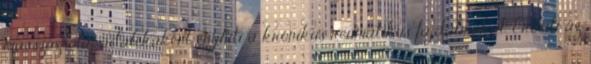
masszázsolaj adalékaként enyhíti a krónikus reumatikus fájdalmakat. Erősíti az